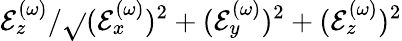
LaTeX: \mathcal{E}_{z}^{(\omega)}/\sqrt{}{{(\mathcal{E}_{x}^{(\omega)})^{2}+(\mathcal{E}_{y}^{(\omega)})^{2}+(\mathcal{E}_{z}^{(\omega)})^{2}}}